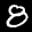
Label: 8